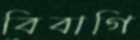
বিবাগি